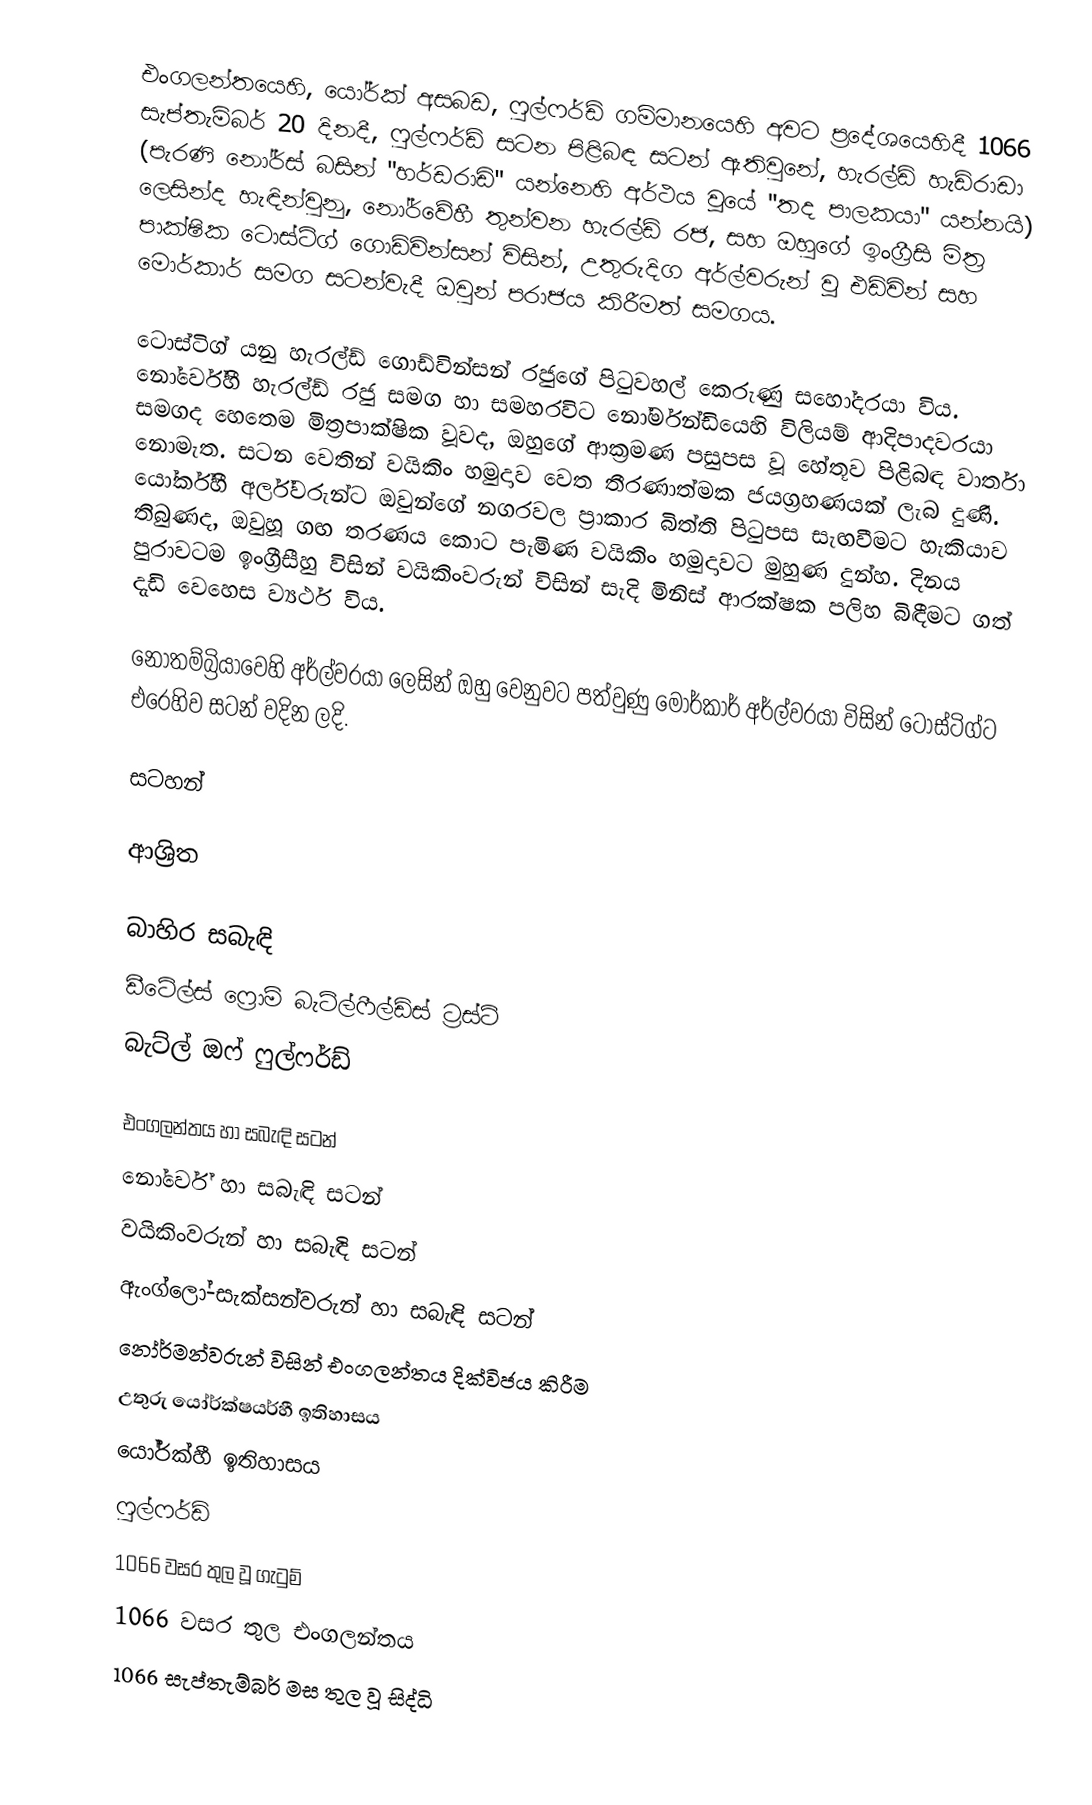
එංගලන්තයෙහි,  යෝර්ක් අසබඩ,  ෆුල්ෆර්ඩ් ගම්මානයෙහි  අවට ප්‍රදේශයෙහිදී 1066 සැප්තැම්බර් 20 දිනදී, ෆුල්ෆර්ඩ් සටන පිළිබඳ සටන් ඇතිවුනේ, හැරල්ඩ් හැඩ්රාඩා (පැරණි නෝර්ස් බසින් "හර්ඩරාඩි" යන්නෙහි අර්ථය වූයේ  "තද පාලකයා" යන්නයි) ලෙසින්ද හැඳින්වුනු, නෝර්වේහී තුන්වන හැරල්ඩ් රජ, සහ ඔහුගේ ඉංග්‍රීසි මිත්‍ර පාක්ෂික  ටොස්ටිග් ගොඩ්වින්සන් විසින්, උතුරුදිග අර්ල්වරුන් වූ එඩ්වින් සහ මොර්කාර් සමග සටන්වැදී ඔවුන් පරාජය කිරීමත් සමගය.

ටොස්ටිග් යනු හැරල්ඩ් ගොඩ්වින්සන් රජුගේ  පිටුවහල් කෙරුණු සහෝදරයා විය. නෝර්වේහී හැරල්ඩ් රජු සමග හා සමහරවිට  නෝර්මන්ඩියෙහි විලියම් ආදිපාදවරයා සමගද හෙතෙම මිත්‍රපාක්ෂික වූවද, ඔහුගේ ආක්‍රමණ පසුපස වූ හේතූව පිළිබඳ වාර්තා නොමැත. සටන වෙතින් වයිකිං හමුදාව වෙත  තීරණාත්මක  ජයග්‍රහණයක් ලැබ දුණි. යෝර්ක්හී අර්ල්වරුන්ට ඔවුන්ගේ නගරවල ප්‍රාකාර බිත්ති පිටුපස සැඟවීමට හැකියාව තිබුණද, ඔවුහූ ගඟ තරණය කොට පැමිණ වයිකිං හමුදාවට මුහුණ දුන්හ. දිනය පුරාවටම ඉංග්‍රීසීහු විසින් වයිකිංවරුන් විසින් සැදි  මිනිස් ආරක්ෂක පලිහ බිඳීමට ගත් දැඩි වෙහෙස ව්‍යර්ථ විය.

නොතම්බ්‍රියාවෙහි අර්ල්වරයා ලෙසින් ඔහු වෙනුවට පත්වුණු  මොර්කාර් අර්ල්වරයා විසින් ටොස්ටිග්ට එරෙහිව සටන් වදින ලදි.

සටහන්

ආශ්‍රිත

බාහිර සබැඳි
ඩීටේල්ස්  ෆ්‍රොම් බැට්ල්ෆීල්ඩ්ස් ට්‍රස්ට්
බැට්ල් ඔෆ් ෆුල්ෆර්ඩ්

එංගලන්තය හා සබැඳි සටන්
නෝර්වේ  හා සබැඳි සටන්
වයිකිංවරුන් හා සබැඳි සටන්
ඇංග්ලෝ-සැක්සන්වරුන් හා සබැඳි සටන්
 නෝර්මන්වරුන් විසින් එංගලන්තය දික්විජය කිරීම
උතුරු යෝර්ක්ෂයර්හී ඉතිහාසය
යෝර්ක්හී ඉතිහාසය
ෆුල්ෆර්ඩ්
 1066 වසර තුල වූ ගැටුම්
1066 වසර තුල එංගලන්තය
 1066 සැප්තැම්බර් මස තුල වූ සිද්ධි